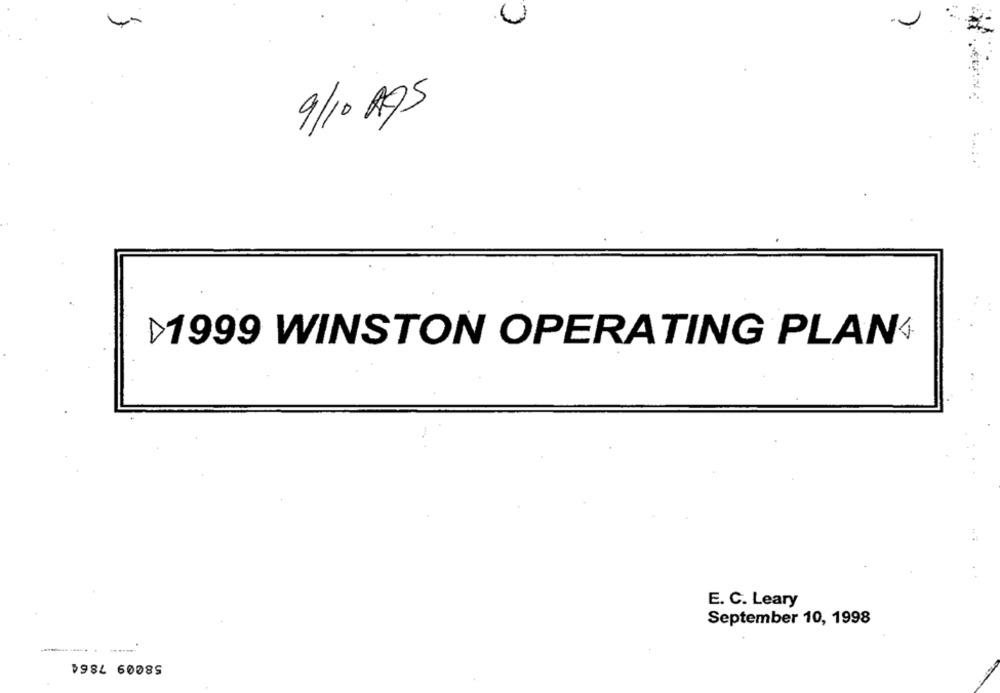
9/10 Ags
1999 WINSTON OPERATING PLAN
E. C. Leary
September 10, 1998
58009 7864